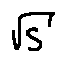
\sqrt { S }